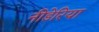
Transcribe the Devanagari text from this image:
नीडेरिया